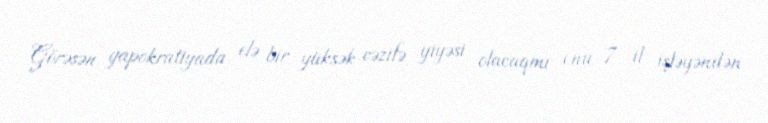
Görəsən yapokratiyada elə bir yüksək vəzifə yiyəsi olacaqmı onu 7 il işləyəndən